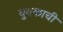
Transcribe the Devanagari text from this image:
युवकाची